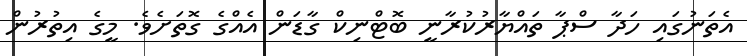
އެތަނުގައި ހަދާ ސްޕާ ތައްޔާރުކުރާނީ ބޮޓްނިކް ގާޑަން އެއްގެ ގޮތަށެވެ. މީގެ އިތުރުން